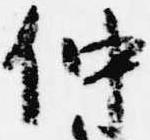
仲